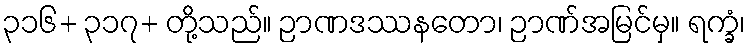
၃၁၆+ ၃၁၇+ တို့သည်။ ဉာဏဒဿနတော၊ ဉာဏ်အမြင်မှ။ ရက္ခံ၊